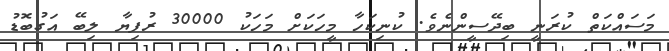
މަސައްކަތް ކުރަނީ ބިދޭސީންނެވެ. ކުނިކަހާ މީހަކަށް މަހަކު 30000 ރުފިޔާ ލިބޭ އަގުބޮޑު